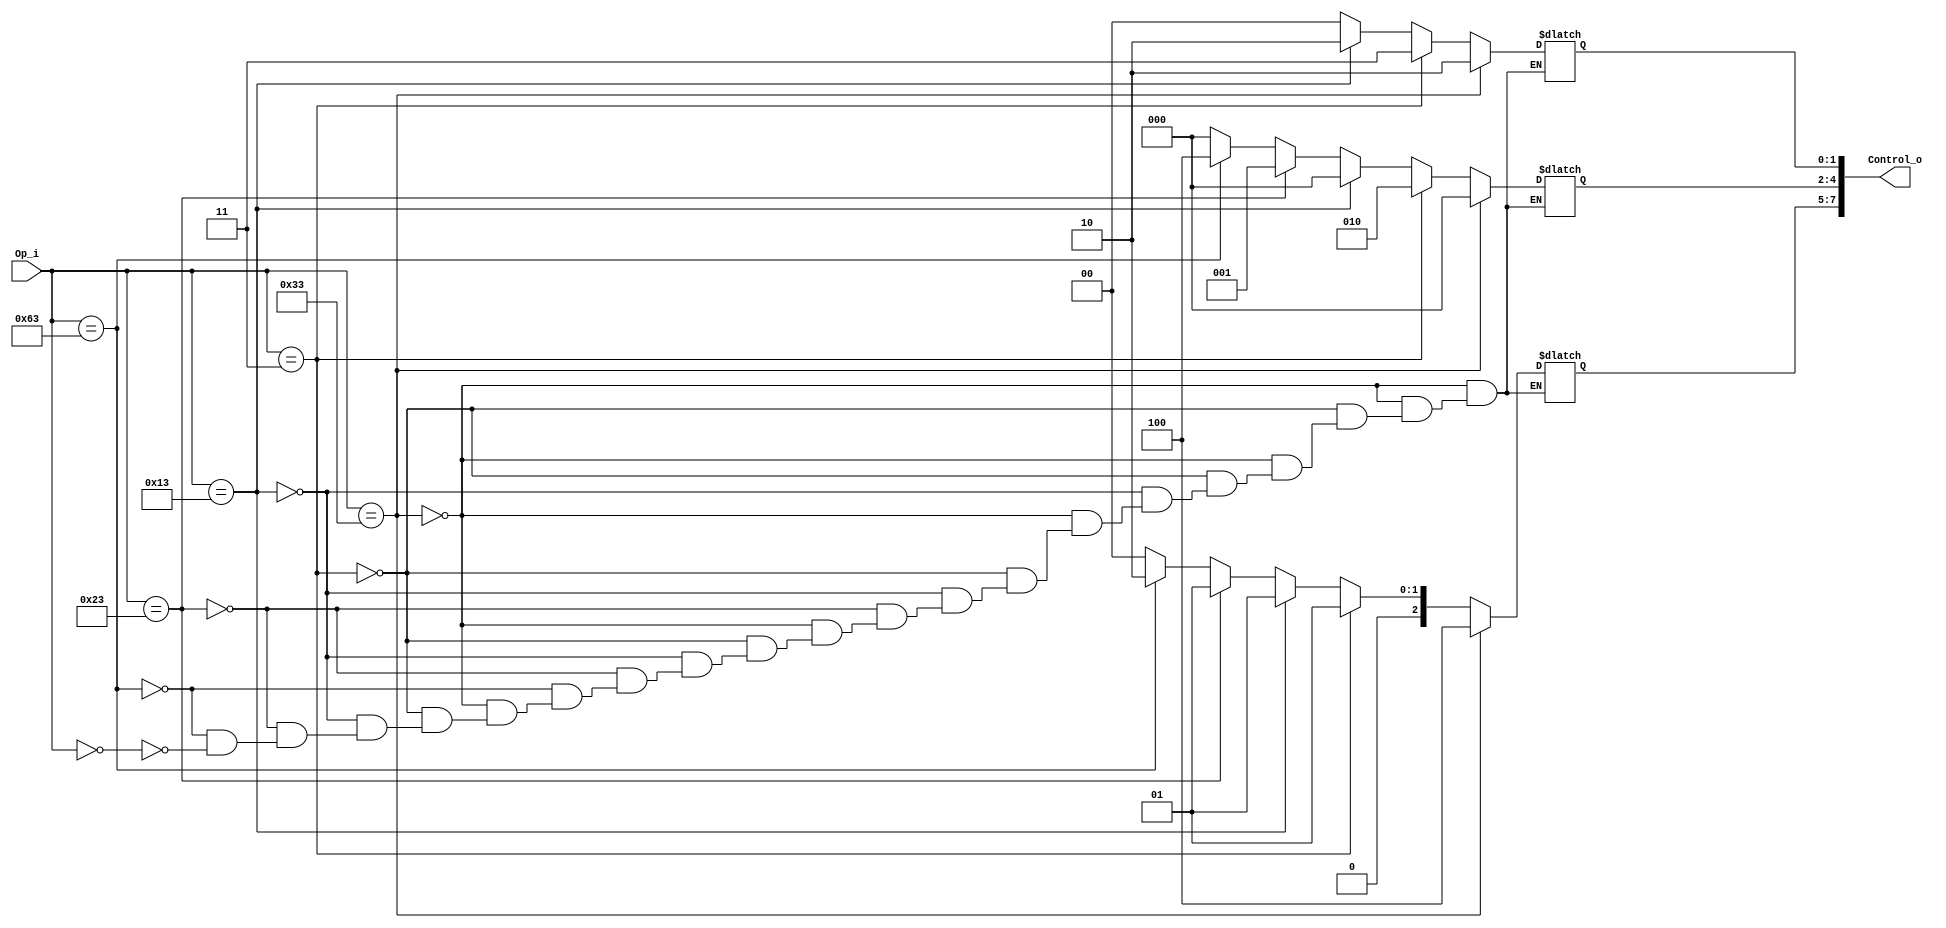
module Control
(   
    Op_i,
    Control_o,
);

input	 [6:0]	Op_i;
output [7:0]	Control_o;


reg   [2:0]    Ex;     
reg   [2:0]    Mem;
reg   [1:0]    Wb;

assign Control_o = {{Ex},{Mem},{Wb}};

always@(Op_i) begin
                                      // R-type
  if(Op_i == 7'b0110011) begin
    Ex = 3'b100;
    Mem = 3'b000;
    Wb = 2'b10;
  end
                                      // lw 
  else if (Op_i == 7'b0000011) begin 
    Ex = 3'b001;
    Mem = 3'b010;
    Wb = 2'b11;
  end
  else if (Op_i == 7'b0010011) begin //addi
    Ex = 3'b001;
    Mem = 3'b000;
    Wb = 2'b10;
  end
                                      // sd
  else if (Op_i == 7'b0100011) begin 
    Ex = 3'b001;
    Mem = 3'b001;
    Wb = 2'b00;
  end
                                      // beq
  else if (Op_i == 7'b1100011) begin 
    Ex = 3'b010;
    Mem = 3'b100;
    Wb = 2'b00;
  end
  else if (Op_i == 7'b0000000) begin
    Ex = 3'b000;
    Mem = 3'b000;
    Wb = 2'b00;
  end
end
endmodule